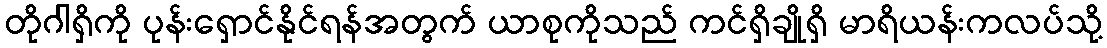
တိုဂါရှိကို ပုန်းရှောင်နိုင်ရန်အတွက် ယာစုကိုသည် ကင်ရှိချိုရှိ မာရိယန်းကလပ်သို့